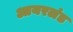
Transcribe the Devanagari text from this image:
आयरलंड